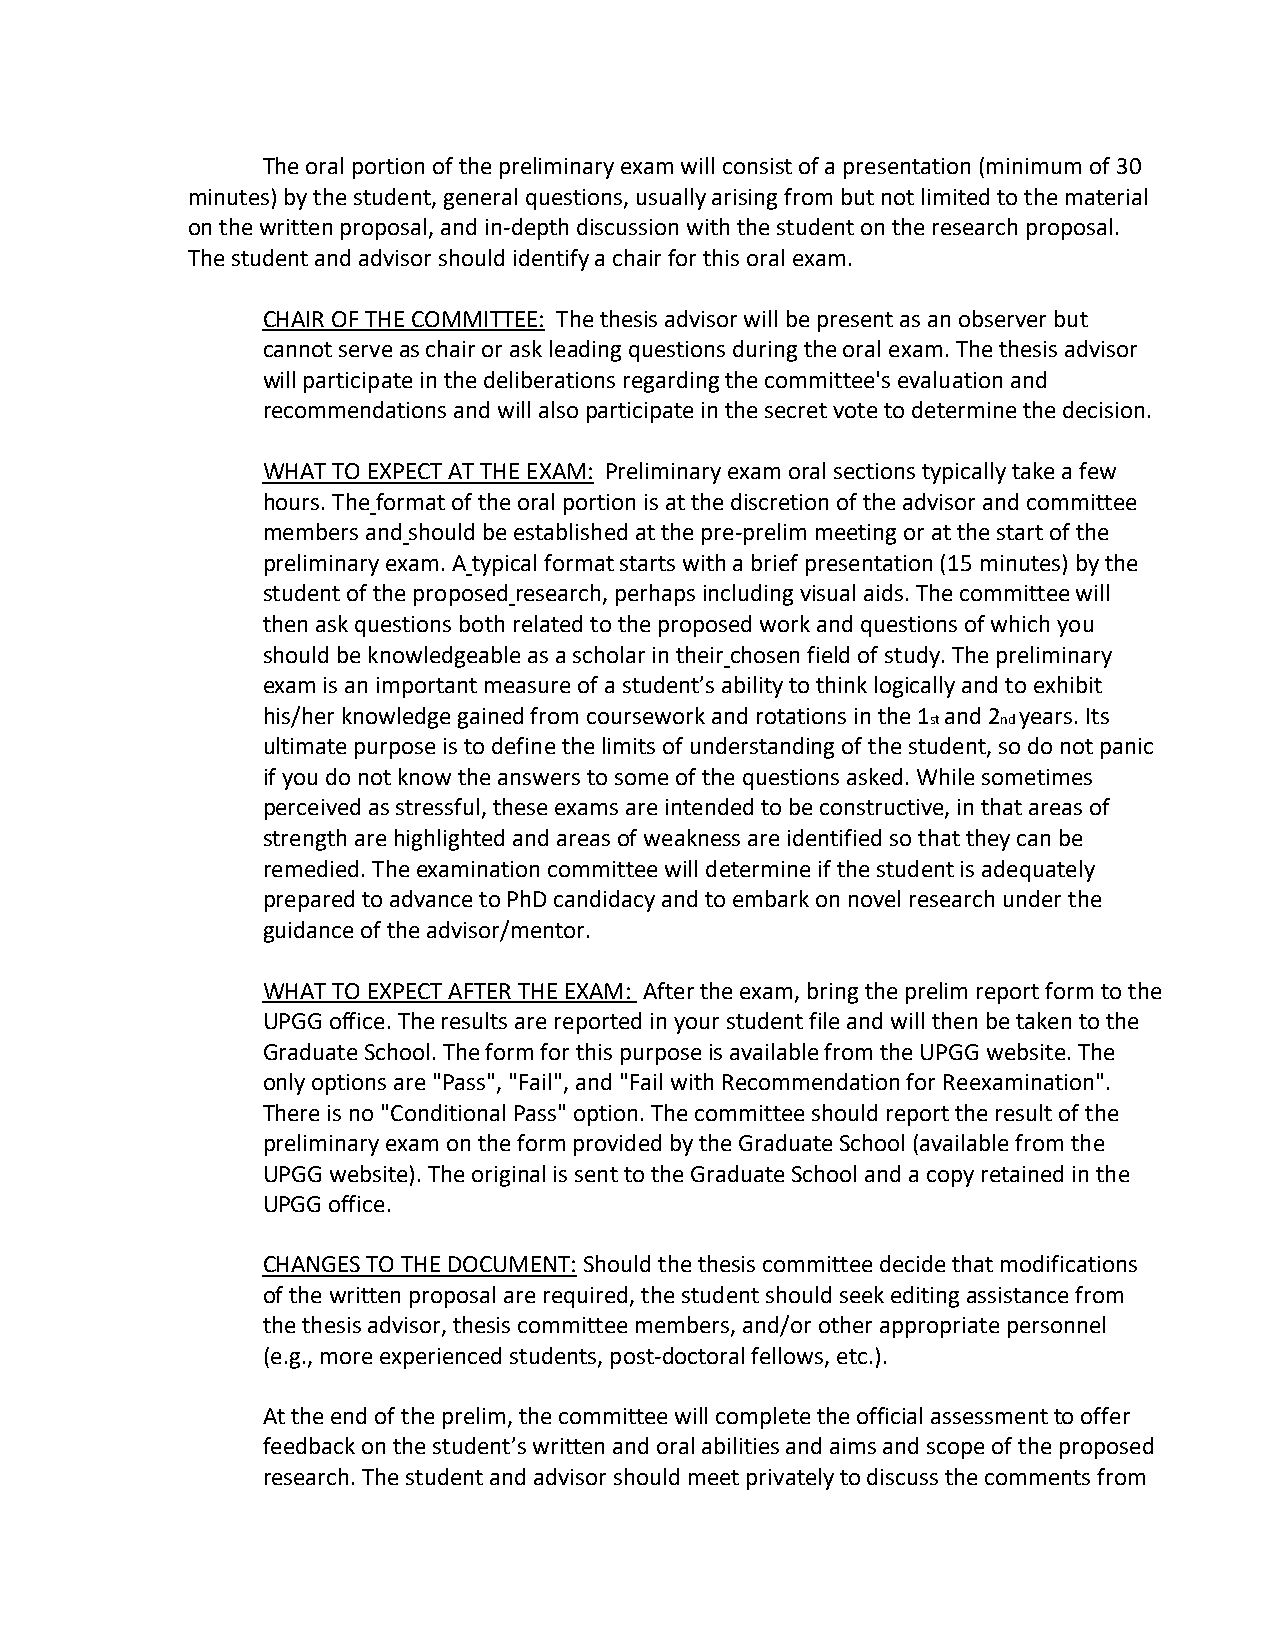
The oral portion of the preliminary exam will consist of a presentation (minimum of 30
 minutes) by the student, general questions, usually arising from but not limited to the material
 on the written proposal, and in-depth discussion with the student on the research proposal.
 The student and advisor should identify a chair for this oral exam.
 CHAIR OF THE COMMITTEE: The thesis advisor will be present as an observer but
 cannot serve as chair or ask leading questions during the oral exam. The thesis advisor
 will participate in the deliberations regarding the committee's evaluation and
 recommendations and will also participate in the secret vote to determine the decision.
 WHAT TO EXPECT AT THE EXAM: Preliminary exam oral sections typically take a few
 hours. The format of the oral portion is at the discretion of the advisor and committee
 members and should be established at the pre-prelim meeting or at the start of the
 preliminary exam. A typical format starts with a brief presentation (15 minutes) by the
 student of the proposed research, perhaps including visual aids. The committee will
 then ask questions both related to the proposed work and questions of which you
 should be knowledgeable as a scholar in their chosen field of study. The preliminary
 exam is an important measure of a student’s ability to think logically and to exhibit
 his/her knowledge gained from coursework and rotations in the 1 and 2 years. Its
 st  nd
 ultimate purpose is to define the limits of understanding of the student, so do not panic
 if you do not know the answers to some of the questions asked. While sometimes
 perceived as stressful, these exams are intended to be constructive, in that areas of
 strength are highlighted and areas of weakness are identified so that they can be
 remedied. The examination committee will determine if the student is adequately
 prepared to advance to PhD candidacy and to embark on novel research under the
 guidance of the advisor/mentor.
 WHAT TO EXPECT AFTER THE EXAM: After the exam, bring the prelim report form to the
 UPGG office. The results are reported in your student file and will then be taken to the
 Graduate School. The form for this purpose is available from the UPGG website. The
 only options are "Pass", "Fail", and "Fail with Recommendation for Reexamination".
 There is no "Conditional Pass" option. The committee should report the result of the
 preliminary exam on the form provided by the Graduate School (available from the
 UPGG website). The original is sent to the Graduate School and a copy retained in the
 UPGG office.
 CHANGES TO THE DOCUMENT: Should the thesis committee decide that modifications
 of the written proposal are required, the student should seek editing assistance from
 the thesis advisor, thesis committee members, and/or other appropriate personnel
 (e.g., more experienced students, post-doctoral fellows, etc.).
 At the end of the prelim, the committee will complete the official assessment to offer
 feedback on the student’s written and oral abilities and aims and scope of the proposed
 research. The student and advisor should meet privately to discuss the comments from